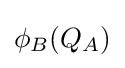
\phi _{B}(Q_{A})